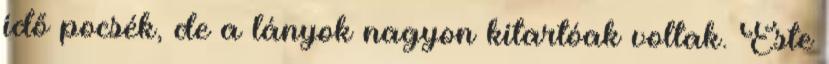
idő pocsék, de a lányok nagyon kitartóak voltak. Este